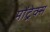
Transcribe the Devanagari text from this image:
मोंट्रेक्स